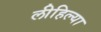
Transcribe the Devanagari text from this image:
लीहिल्या